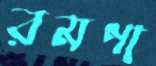
রমণা